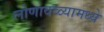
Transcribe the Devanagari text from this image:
लोणावळ्यामध्ये